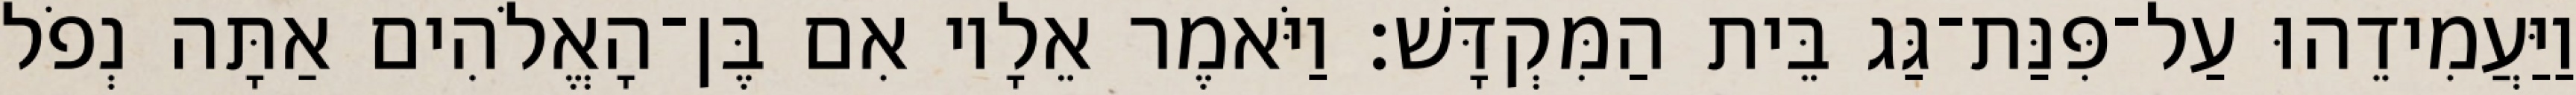
וַיַּעֲמִידֵהוּ עַל־פִּנַּת־גַּג בֵּית הַמִּקְדָּשׁ׃ וַיֹּאמֶר אֵלָיו אִם בֶּן־הָאֱלֹהִים אַתָּה נְפֹל